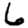
Digit: 6